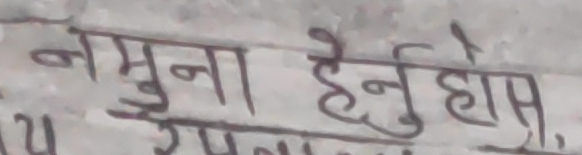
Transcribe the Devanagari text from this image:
नमुना हेनु हास.